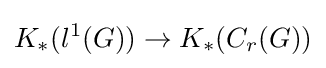
K_{*}(l^{1}(G))\rightarrow K_{*}(C_{r}(G))